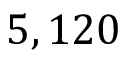
5 , 1 2 0